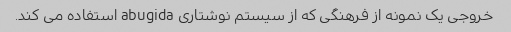
خروجی یک نمونه از فرهنگی که از سیستم نوشتاری abugida استفاده می کند.